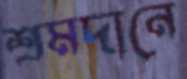
শ্রমদানে